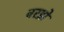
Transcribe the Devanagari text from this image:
बरझे